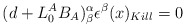
\begin{align*}(d+ L^A_0 B_A)^{\alpha}_ \beta \epsilon^\beta (x)_{Kill} =0\end{align*}